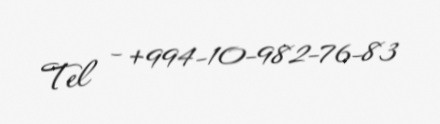
Tel - +994-10-982-76-83